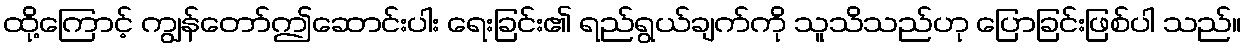
ထို့ကြောင့် ကျွန်တော်ဤဆောင်းပါး ရေးခြင်း၏ ရည်ရွယ်ချက်ကို သူသိသည်ဟု ပြောခြင်းဖြစ်ပါ သည်။